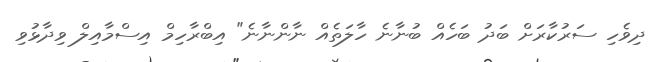
ދިވެހި ސަރުކާރަށް ބަދު ބަހެއް ބުނާނެ ހާލަތެއް ނާންނާނެ" އިބްރާހިމް އިސްމާއިލް ވިދާޅުވި